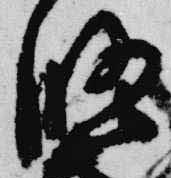
修